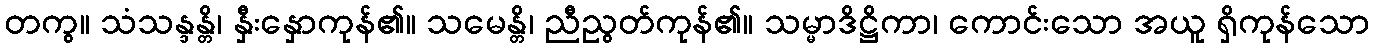
တကွ။ သံသန္ဒန္တိ၊ နှီးနှောကုန်၏။ သမေန္တိ၊ ညီညွတ်ကုန်၏။ သမ္မာဒိဋ္ဌိကာ၊ ကောင်းသော အယူ ရှိကုန်သော